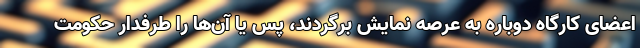
اعضای کارگاه دوباره به عرصه نمایش برگردند، پس یا آن‌ها را طرفدار حکومت